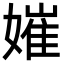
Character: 㜠